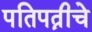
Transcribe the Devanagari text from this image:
पतिपत्नीचे